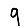
Digit: 9